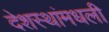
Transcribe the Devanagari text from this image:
देशस्थांमधली